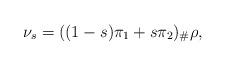
LaTeX: \begin{align*} \nu_s = ((1-s)\pi_1 + s\pi_2)_{\#} \rho,\end{align*}